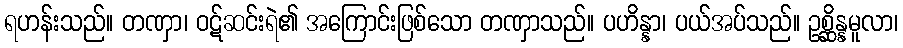
ရဟန်းသည်။ တဏှာ၊ ဝဋ်ဆင်းရဲ၏ အကြောင်းဖြစ်သော တဏှာသည်။ ပဟိန္နာ၊ ပယ်အပ်သည်။ ဥစ္ဆိန္နမူလာ၊